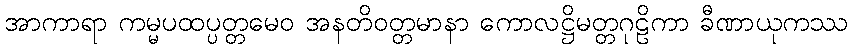
အာကာရာ ကမ္မပထပ္ပတ္တမေဝ အနတိဝတ္တမာနာ ကောလဋ္ဌိမတ္တဂုဠိကာ ခီဏာယုကဿ